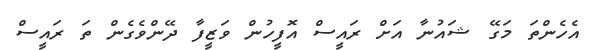
އެހެންތަ މަގޭ ޝައުނާ އަށް ރައީސް އޮފީހުން ވަޒީފާ ދޭންވެގެން ތަ ރައީސް